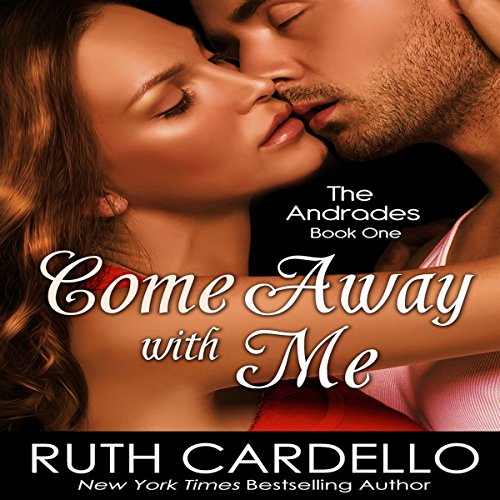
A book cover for Come Away with Me: The Andrades, Book 1; Ruth Cardello; Romance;